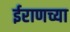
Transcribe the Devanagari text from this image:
ईराणच्या